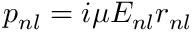
p _ { n l } = i \mu E _ { n l } r _ { n l }